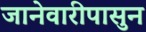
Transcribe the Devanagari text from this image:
जानेवारीपासुन